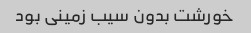
خورشت بدون سیب زمینی بود